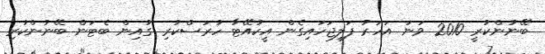
ބޭނުންކުރީ 2010 ވަނަ އަހަރު ފަލިޖަހައިގެން އީކުއޭޓާ ހުރަސްކުރި ގުއިން ބެޓަން ބޭނުންކުރި